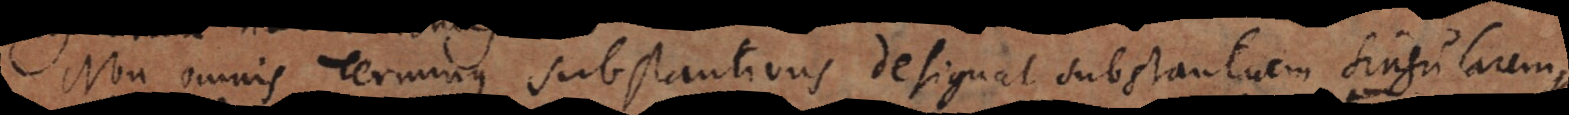
Non omnis Terminus substantivus designat substantiam singularem